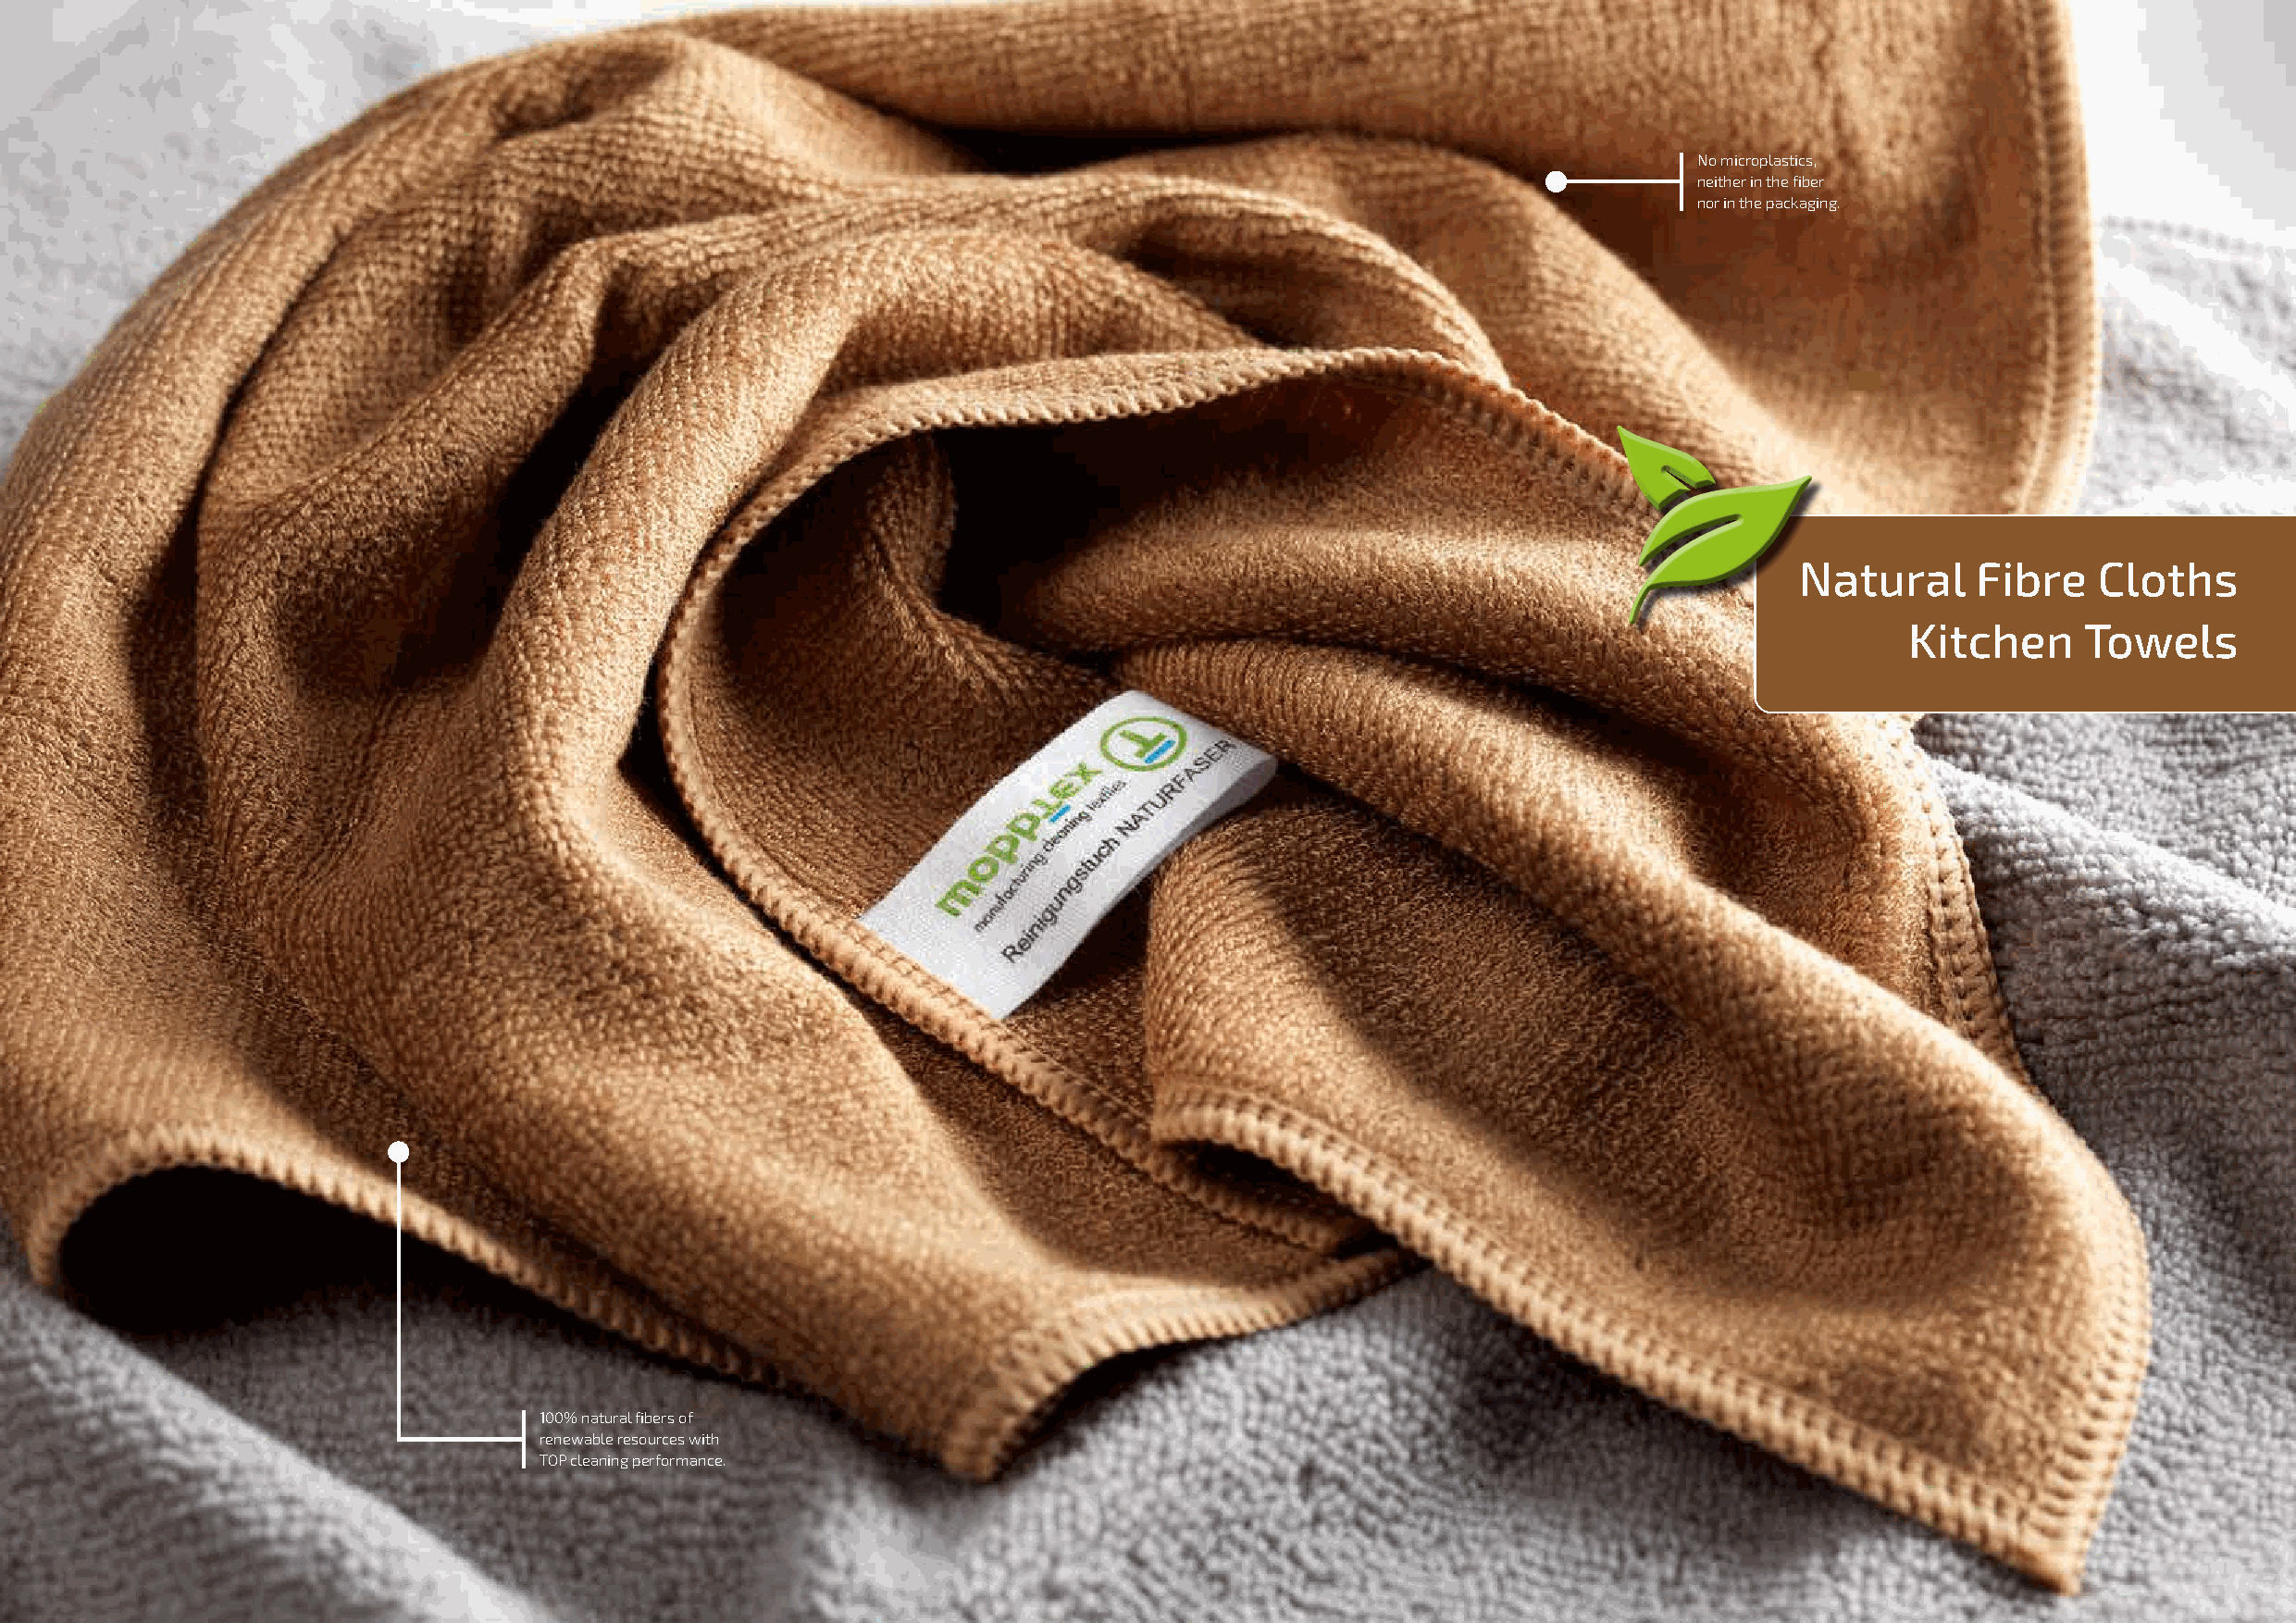
No microplastics,
 neither in the fiber
 nor in the packaging.
 Natural     Fibre    Cloths
 Kitchen      Towels
 100% natural fibers of
 renewable resources with
 TOP cleaning performance.
 36                                                                                                                                                          37
 rehcütresaforkiM